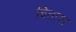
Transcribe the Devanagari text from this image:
बिताया